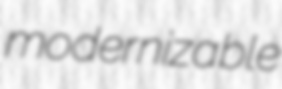
modernizable